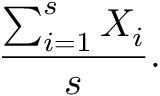
\frac { \sum _ { i = 1 } ^ { s } X _ { i } } { s } .